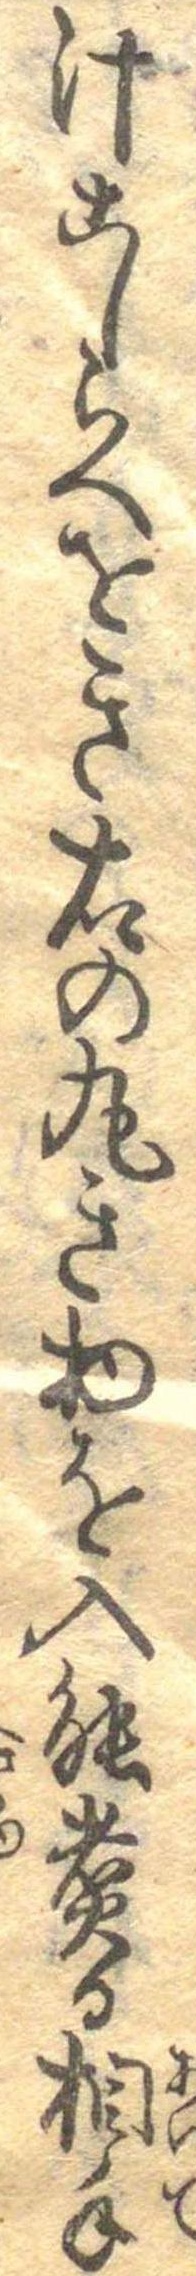
汁こしらへをき右の丸き物を入能煮る相手